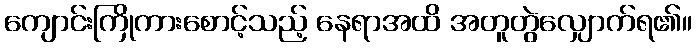
ကျောင်းကြိုကားစောင့်သည့် နေရာအထိ အတူတွဲလျှောက်ရ၏။